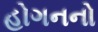
હોગનનો